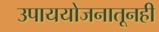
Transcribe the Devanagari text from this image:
उपाययोजनातूनही